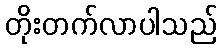
တိုးတက်လာပါသည်